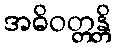
အဓိဝတ္တန္တိ